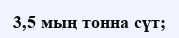
3,5 мың тонна сүт;